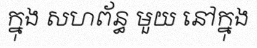
ក្នុង សហព័ន្ធ មួយ នៅក្នុង